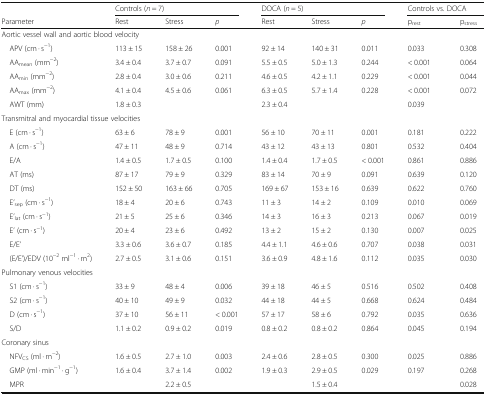
<table><thead><tr><td></td><td colspan="3"><b>Controls (<i>n</i> = 7)</b></td><td colspan="3"><b>DOCA (<i>n</i> = 5)</b></td><td colspan="2"><b>Controls vs. DOCA</b></td></tr><tr><td><b>Parameter</b></td><td><b>Rest</b></td><td><b>Stress</b></td><td><b><i>p</i></b></td><td><b>Rest</b></td><td><b>Stress</b></td><td><b><i>p</i></b></td><td><b>p<sub>rest</sub></b></td><td><b>p<sub>stress</sub></b></td></tr></thead><tbody><tr><td colspan="9">Aortic vessel wall and aortic blood velocity</td></tr><tr><td> APV (cm · s<sup>−1</sup>)</td><td>113 ± 15</td><td>158 ± 26</td><td>0.001</td><td>92 ± 14</td><td>140 ± 31</td><td>0.011</td><td>0.033</td><td>0.308</td></tr><tr><td> AA<sub>mean</sub> (mm<sup>−2</sup>)</td><td>3.4 ± 0.4</td><td>3.7 ± 0.7</td><td>0.091</td><td>5.5 ± 0.5</td><td>5.0 ± 1.3</td><td>0.244</td><td>&lt; 0.001</td><td>0.064</td></tr><tr><td> AA<sub>min</sub> (mm<sup>−2</sup>)</td><td>2.8 ± 0.4</td><td>3.0 ± 0.6</td><td>0.211</td><td>4.6 ± 0.5</td><td>4.2 ± 1.1</td><td>0.229</td><td>&lt; 0.001</td><td>0.044</td></tr><tr><td> AA<sub>max</sub> (mm<sup>−2</sup>)</td><td>4.1 ± 0.4</td><td>4.5 ± 0.6</td><td>0.061</td><td>6.3 ± 0.5</td><td>5.7 ± 1.4</td><td>0.228</td><td>&lt; 0.001</td><td>0.072</td></tr><tr><td> AWT (mm)</td><td>1.8 ± 0.3</td><td></td><td></td><td>2.3 ± 0.4</td><td></td><td></td><td>0.039</td><td></td></tr><tr><td colspan="9">Transmitral and myocardial tissue velocities</td></tr><tr><td> E (cm · s<sup>−1</sup>)</td><td>63 ± 6</td><td>78 ± 9</td><td>0.001</td><td>56 ± 10</td><td>70 ± 11</td><td>0.001</td><td>0.181</td><td>0.222</td></tr><tr><td> A (cm · s<sup>−1</sup>)</td><td>47 ± 11</td><td>48 ± 9</td><td>0.714</td><td>43 ± 12</td><td>43 ± 13</td><td>0.801</td><td>0.532</td><td>0.404</td></tr><tr><td> E/A</td><td>1.4 ± 0.5</td><td>1.7 ± 0.5</td><td>0.100</td><td>1.4 ± 0.4</td><td>1.7 ± 0.5</td><td>&lt; 0.001</td><td>0.861</td><td>0.886</td></tr><tr><td> AT (ms)</td><td>87 ± 17</td><td>79 ± 9</td><td>0.329</td><td>83 ± 14</td><td>70 ± 9</td><td>0.091</td><td>0.639</td><td>0.120</td></tr><tr><td> DT (ms)</td><td>152 ± 50</td><td>163 ± 66</td><td>0.705</td><td>169 ± 67</td><td>153 ± 16</td><td>0.639</td><td>0.622</td><td>0.760</td></tr><tr><td> E’<sub>sep</sub> (cm · s<sup>−1</sup>)</td><td>18 ± 4</td><td>20 ± 6</td><td>0.743</td><td>11 ± 3</td><td>14 ± 2</td><td>0.109</td><td>0.010</td><td>0.069</td></tr><tr><td> E’<sub>lat</sub> (cm · s<sup>−1</sup>)</td><td>21 ± 5</td><td>25 ± 6</td><td>0.346</td><td>14 ± 3</td><td>16 ± 3</td><td>0.213</td><td>0.067</td><td>0.019</td></tr><tr><td> E’ (cm · s<sup>−1</sup>)</td><td>20 ± 4</td><td>23 ± 6</td><td>0.492</td><td>13 ± 2</td><td>15 ± 2</td><td>0.130</td><td>0.007</td><td>0.025</td></tr><tr><td> E/E’</td><td>3.3 ± 0.6</td><td>3.6 ± 0.7</td><td>0.185</td><td>4.4 ± 1.1</td><td>4.6 ± 0.6</td><td>0.707</td><td>0.038</td><td>0.031</td></tr><tr><td> (E/E’)/EDV (10<sup>−2</sup> ml<sup>−1</sup> · m<sup>2</sup>)</td><td>2.7 ± 0.5</td><td>3.1 ± 0.6</td><td>0.151</td><td>3.6 ± 0.9</td><td>4.8 ± 1.6</td><td>0.112</td><td>0.035</td><td>0.030</td></tr><tr><td colspan="9">Pulmonary venous velocities</td></tr><tr><td> S1 (cm · s<sup>−1</sup>)</td><td>33 ± 9</td><td>48 ± 4</td><td>0.006</td><td>39 ± 18</td><td>46 ± 5</td><td>0.516</td><td>0.502</td><td>0.408</td></tr><tr><td> S2 (cm · s<sup>−1</sup>)</td><td>40 ± 10</td><td>49 ± 9</td><td>0.032</td><td>44 ± 18</td><td>44 ± 5</td><td>0.668</td><td>0.624</td><td>0.484</td></tr><tr><td> D (cm · s<sup>−1</sup>)</td><td>37 ± 10</td><td>56 ± 11</td><td>&lt; 0.001</td><td>57 ± 17</td><td>58 ± 6</td><td>0.792</td><td>0.035</td><td>0.636</td></tr><tr><td> S/D</td><td>1.1 ± 0.2</td><td>0.9 ± 0.2</td><td>0.019</td><td>0.8 ± 0.2</td><td>0.8 ± 0.2</td><td>0.864</td><td>0.045</td><td>0.194</td></tr><tr><td colspan="9">Coronary sinus</td></tr><tr><td> NFV<sub>CS</sub> (ml · m<sup>−2</sup>)</td><td>1.6 ± 0.5</td><td>2.7 ± 1.0</td><td>0.003</td><td>2.4 ± 0.6</td><td>2.8 ± 0.5</td><td>0.300</td><td>0.025</td><td>0.886</td></tr><tr><td> GMP (ml · min<sup>−1</sup> · g<sup>−1</sup>)</td><td>1.6 ± 0.4</td><td>3.7 ± 1.4</td><td>0.002</td><td>1.9 ± 0.3</td><td>2.9 ± 0.5</td><td>0.029</td><td>0.197</td><td>0.268</td></tr><tr><td> MPR</td><td></td><td>2.2 ± 0.5</td><td></td><td></td><td>1.5 ± 0.4</td><td></td><td></td><td>0.028</td></tr></tbody></table>